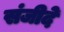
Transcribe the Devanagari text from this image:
संजीदे